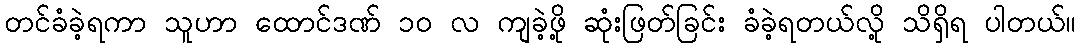
တင်ခံခဲ့ရကာ သူဟာ ထောင်ဒဏ် ၁၀ လ ကျခဲ့ဖို့ ဆုံးဖြတ်ခြင်း ခံခဲ့ရတယ်လို့ သိရှိရ ပါတယ်။